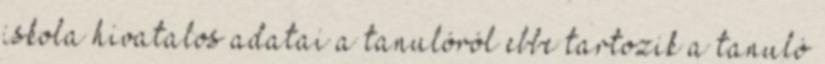
iskola hivatalos adatai a tanulóról ebbe tartozik a tanuló